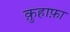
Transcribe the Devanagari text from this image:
क़ुहाफ़ा